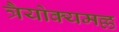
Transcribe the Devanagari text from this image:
त्रैयोक्यमल्ल